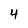
Character: 4